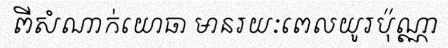
ពីសំណាក់យោធា មានរយៈពេលយូរប៉ុណ្ណា